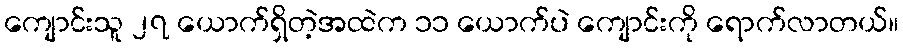
ကျောင်းသူ ၂၇ ယောက်ရှိတဲ့အထဲက ၁၁ ယောက်ပဲ ကျောင်းကို ရောက်လာတယ်။